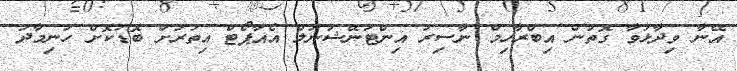
އޭނާ ވިދާޅުވާ ގޮތުން އިބްރާހިމް ނާސިރު އިންޓަނޭޝަނަލް އެއާޕޯޓް އިތުރަށް ބޮޑުކޮށް ހަނިމާދު